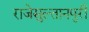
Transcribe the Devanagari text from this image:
राजेसुल्तानपुरी